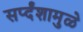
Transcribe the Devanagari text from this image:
सर्प्दंशामुळे